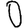
Digit: 0